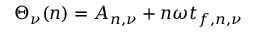
\Theta _ { \nu } ( n ) = A _ { n , \nu } + n \omega t _ { f , n , \nu }